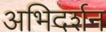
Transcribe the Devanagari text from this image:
अभिदर्शन